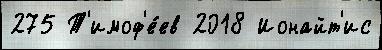
275 Т'имоф'е́ев 2018 Ионайт'ис